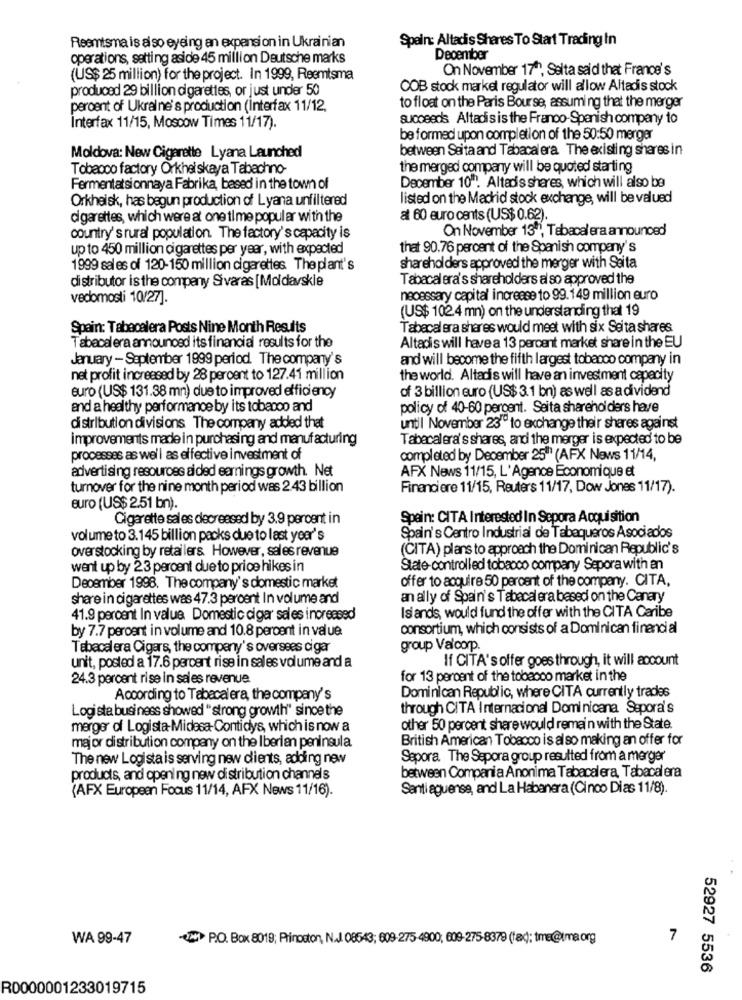
Reemtsma is also eyeing an expansion in Ukrainian
Spain: Altadis Shares To Start Trading In
operations, setting aside 45 million Deutsche marks
December
On November 17"", Salta said that France's
(US$ 25 million) for the project. In 1999, Reemtsma
produced 29 billion cigarettes, or just under 50
COB stock market regulator will allow Altadis stock
percent of Ukraine's production (Interfax 11/12,
to float on the Paris Bourse, assuming that the merger
succeeds Altadisis the Franco-Spanish company to
Interfax 11/15, Moscow Times 11/17).
be formed upon completion of the 50:50 merger
between Seita and Tabacalera The existing shares in
Moldova: New Cigarette Lyana Launched
Tobacco factory Orkhel skaya Tabachno-
the merged company will be quoted starting
Fermentatsionnaya Fabrika, based in the town of
December 10". Altadis shares, which will also be
Orkheisk, has begun production of Lyana unfiltered
listed on the Madrid stock exchange, will be valued
cigarettes, which were at one time popular with the
al 60 euro cents (US$ 0.62).
On November 13", Tabacalera announosd'
country's rural population. The factory's capacity is
up to 450 million cigarettes per year, with expected
that 90.76 percent of the Spanish company's
1999 sal es of 120-150 million cigarettes The plant's
sharehol ders approved the merger with Seita
distributor is the company Sivaras [Moldavskle
Tabacalera's shareholders al so approved the
vedomosti 10/27].
necessary capital increase to 99.149 million euro
(US$ 1024 mn) on the understanding that 19
Spain: Tabacalera Posts Nine Month Results
Tabacalera shares would meet with six Seita shares
Tabacalera announced its financial results for the
Altadis will have a 13 percent market share in the EU
January - September 1999 period. The company's
and will become the fifth largest tobacco company in
net profit increased by 28 percent to 127.41 million
the world. Altadis will have an investment capacity
euro (US$ 131.38 mn) due to improved efficiency
of 3 billion euro (US$ 3.1 bn) as well as a dividend
and a healthy performance by its tobacco and
policy of 40-60 percent. Seita shareholders have
distribution divisions The company added that
until November 23" to exchange their shares against
improvements made in purchasing and manufacturing
Tabacalera's shares, and the merger is expected to be
processes as well as effective investment of
completed by December 25"" (AFX News 11/14,
advertising resources sided earnings growth. Net
AFX News 11/15, L'Agence Economique et
turnover for the nine month period was 2.43 billion
Financiere 11/15, Reuters 11/17, Dow Jones 11/17).
euro (US$ 2.51 bn).
Cigarette sales decreased by 3.9 percent in
Spain: CITA Interested In Sepora Acquisition
volume to 3.145 billion packs due to last year's
Spain's Centro Industrial de Tabaqueros Asociados
overstocking by retailers. However, sales revenue
(CITA) plans to approach the Dominican Republic's
went up by 23 percent due to price hikes in
State-controlled tobacco company Sepora with an
offer to acquire 50 percent of the company. CITA,
December 1998. The company's domestic market
share in cigarettes was 47.3 percent In volume and
an ally of Spain's Tabecal era based on the Canary
Islands, would fund the offer with the CITA Caribe
41.9 percent In value Domestic cigar sales increased
by 7.7 percent in volume and 10.8 percent in value
consortium, which consists of a Dominican financial
Tabacalera Cigars, the company's oversees cigar
group Val'corp.
If CITA's offer goes through, it will account
unit, posted a 17.6 percent rise in sales volume and a
24.3 percent rise in sales revenue
for 13 percent of the tobacco market in the
According to Tabacalera, the company's
Dominican Republic, where CITA currently trades
Logista business showed " strong growth" since the
through CITA Internacional Dominicana Sepora's
merger of Logista-Midesa-Contidys, which is now a
other 50 percent share would remain with the State.
British American Tobacco is also making an offer for
major distribution company on the Iberian peninsula
The new Logista is serving new dients, adding new
Sepora. The Sepora group resulted from a merger
products, and opening new distribution channels
between Compania Anonima Tabacalera, Tabacalera
(AFX European Focus 11/14, AFX News 11/16).
Santi aguense, and La Habanera (Cinco Dias 11/8).
WA 99-47
2P.O. Box 8019; Princeton, N.J. 08543; 609-275-4900, 609-275-8379 (fa); time@tma.org
7
52927 5536
R0000001233019715